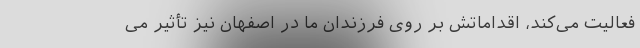
فعالیت می‌کند، اقداماتش بر روی فرزندان ما در اصفهان نیز تأثیر می‌